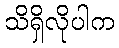
သိရှိလိုပါက